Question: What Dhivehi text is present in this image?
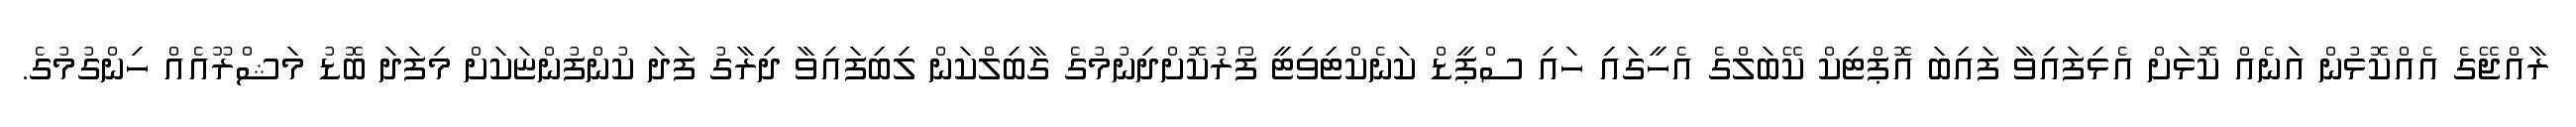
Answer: ރާއްޖޭގެ އެއްކޮޅުން އަނެއް ކޮޅަށް އެޅިފައިވާ ފައިބަ އޮޕްޓިކް ކޭބަލްގެ އެހީގައި ހައި ސްޕީޑް ކަނެކްޓިވިޓީ ފޯރުކޮށްދިނުމުގެ ގާބިލްކަން ލިބިފައިވާ ދިރާގު ފަދަ ކުންފުންޏަކަށް މިފަދަ ބޮޑު މަޝްރޫއެއް ހިންގުމުގެ.